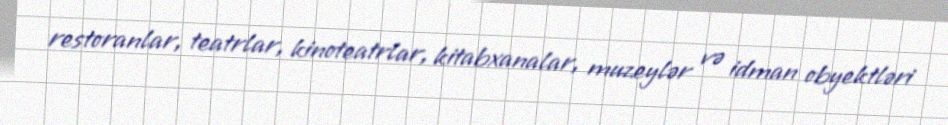
restoranlar, teatrlar, kinoteatrlar, kitabxanalar, muzeylər və idman obyektləri